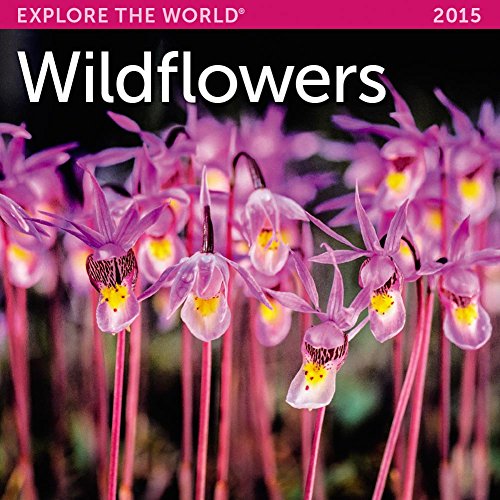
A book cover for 2015 Wildflowers Mini Wall Calendar Ziga Media, LLC; Calendars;